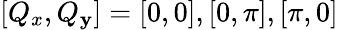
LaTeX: [Q_{x},Q_{\mathbf{y}}]=[0,0],[0,\pi],[\pi,0]